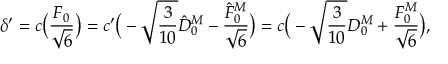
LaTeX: \delta ^ { \prime } = c \big ( \frac { F _ { 0 } } { \sqrt { 6 } } \big ) = c ^ { \prime } \big ( - \sqrt { \frac { 3 } { 1 0 } } \hat { D } _ { 0 } ^ { M } - \frac { \hat { F } _ { 0 } ^ { M } } { \sqrt { 6 } } \big ) = c \big ( - \sqrt { \frac { 3 } { 1 0 } } D _ { 0 } ^ { M } + \frac { F _ { 0 } ^ { M } } { \sqrt { 6 } } \big ) ,